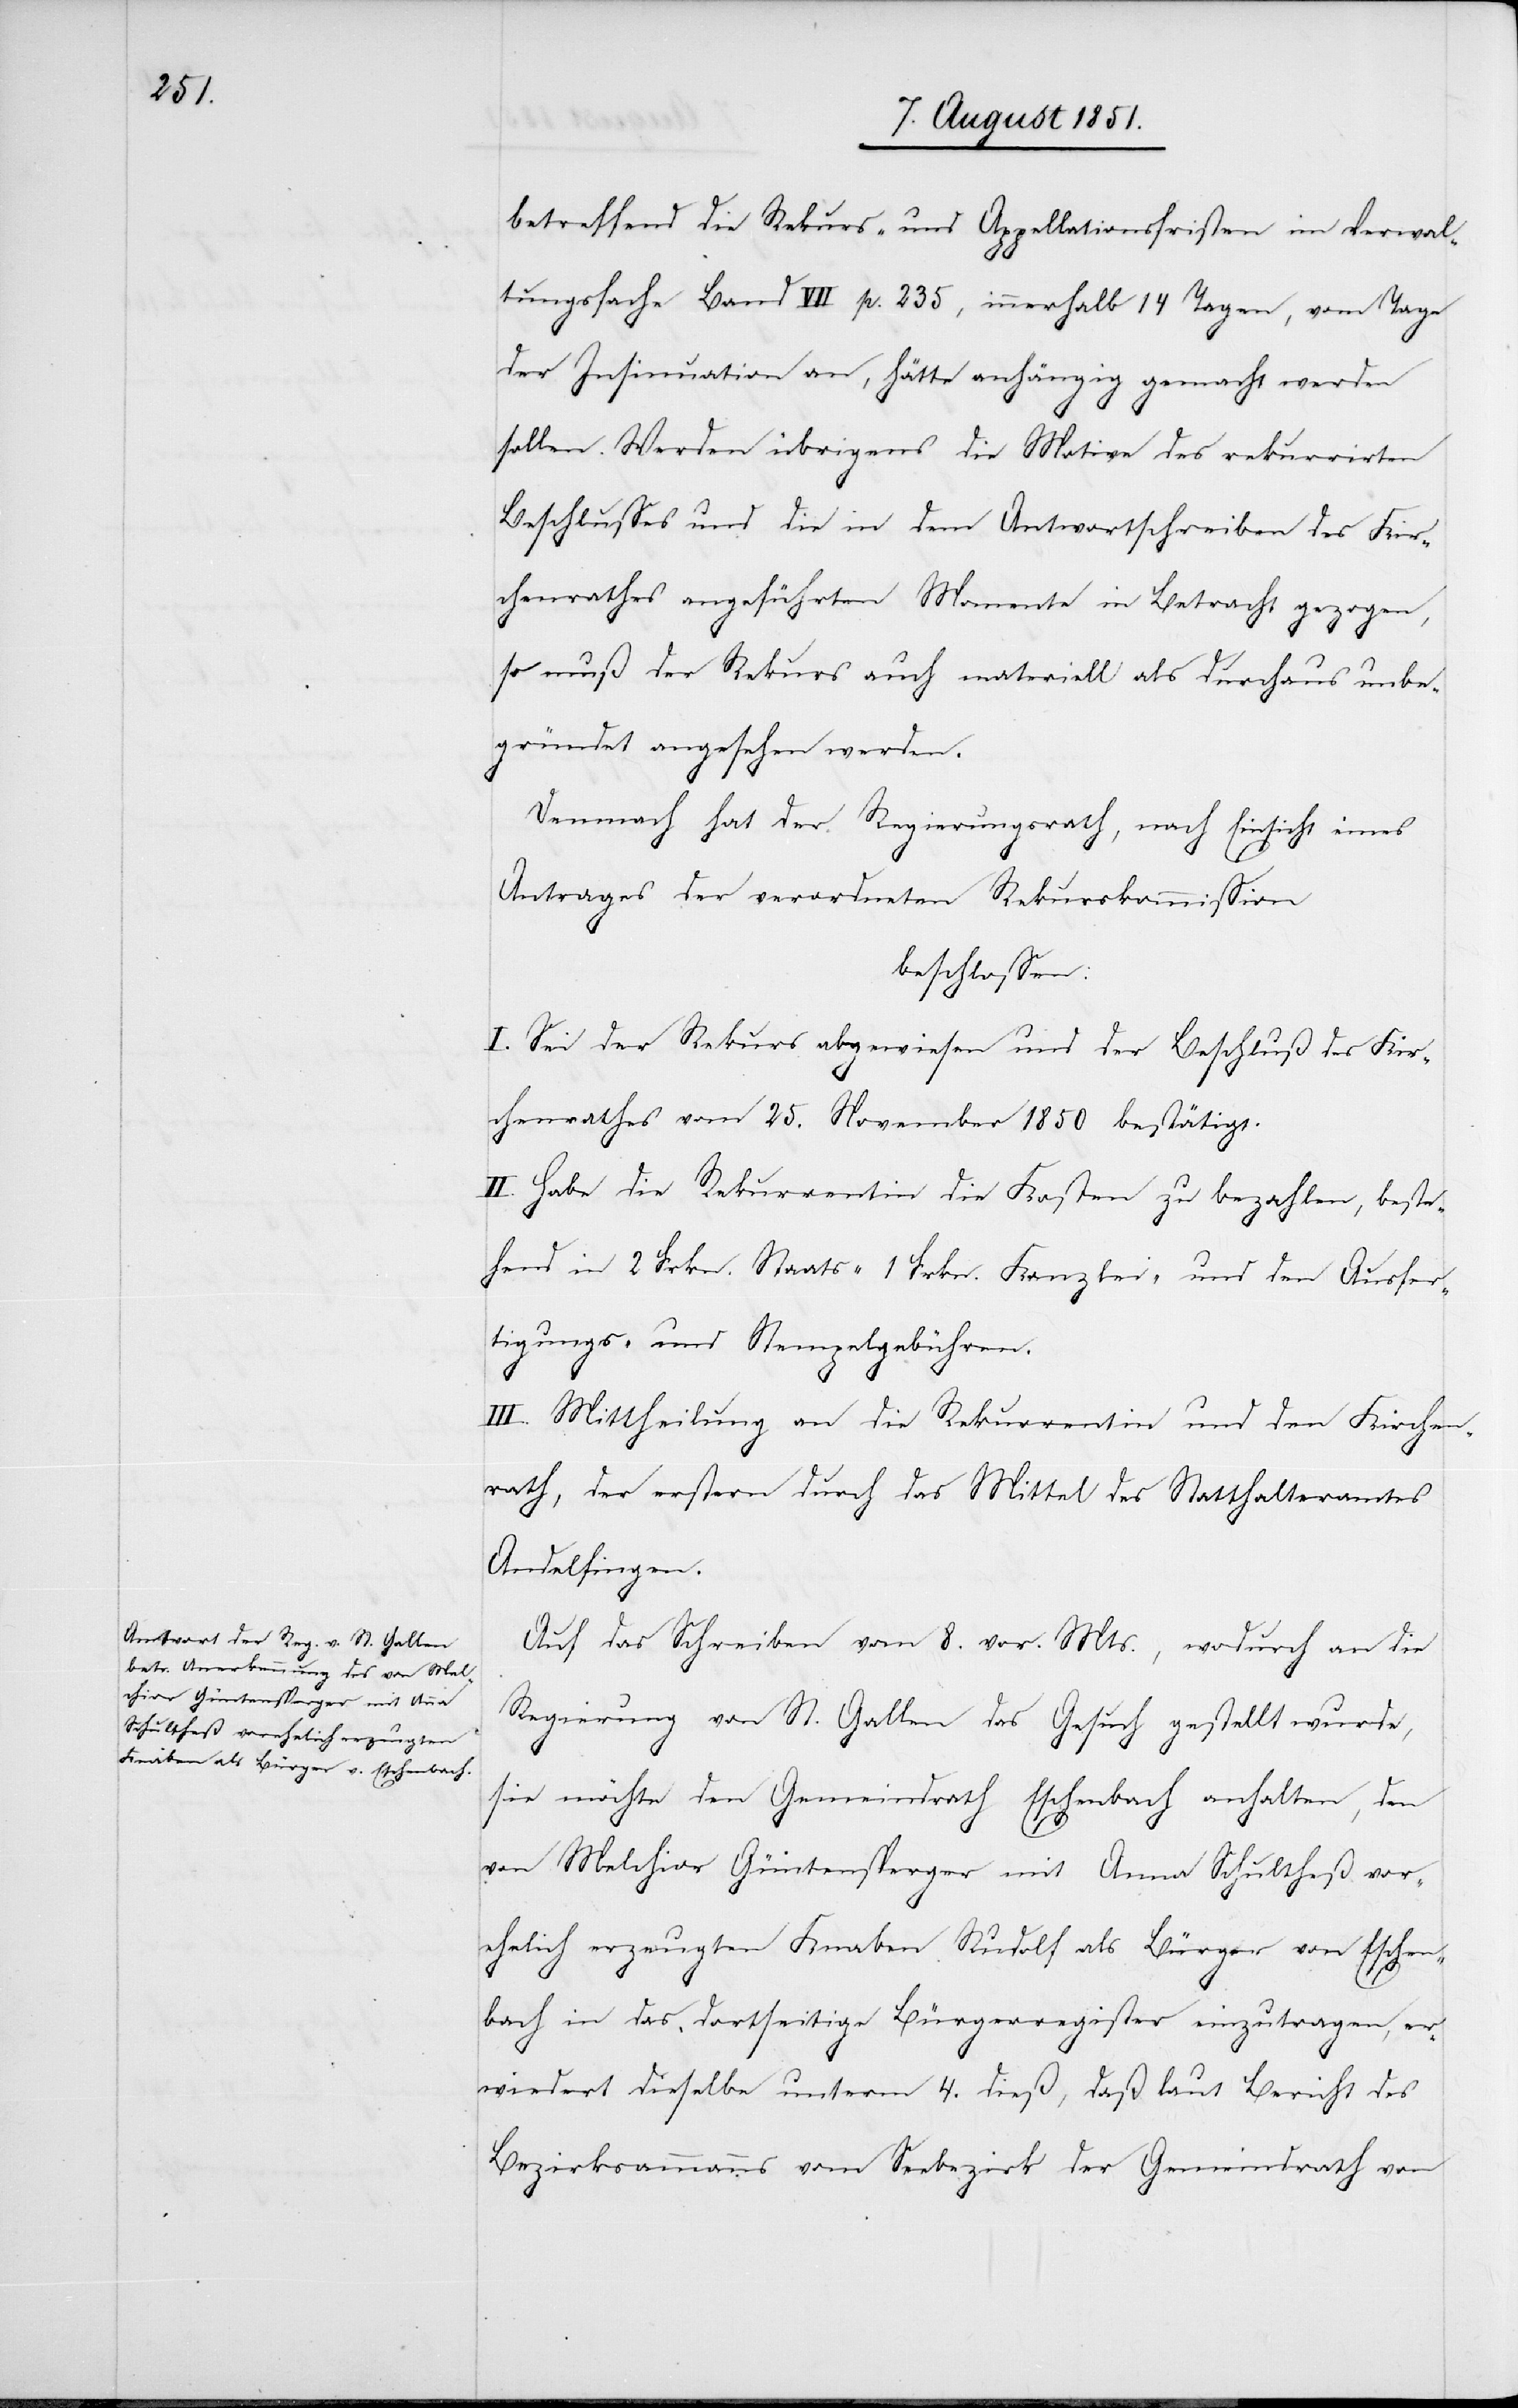
betreffend die Rekurs- und Appellationsfristen im Verwal¬
tungsfache Band VII p. 235, innerhalb 14 Tagen, vom Tage
der Insinuation an, hätte anhängig gemacht werden
sollen. Werden übrigens die Motive des rekurrirten
Beschlusses und die in dem Antwortschreiben des Kir¬
chenrathes angeführten Momente in Betracht gezogen,
so muß der Rekurs auch materiell als durchaus unbe¬
gründet angesehen werden.
Demnach hat der Regierungsrath, nach Einsicht eines
Antrages der verordneten Rekurskommission
beschlossen:
I. Sei der Rekurs abgewiesen und der Beschluß des Kir¬
chenrathes vom 25. November 1850 bestätigt.
II. Habe die Rekurrentin die Kosten zu bezahlen, beste¬
hend in 2 Frkn. Staats-[,] 1 Frkn. Kanzlei- und den Ausfer¬
tigungs- und Stempelgebühren.
III. Mittheilung an die Rekurrentin und den Kirchen¬
rath, der erstern durch das Mittel des Statthalteramtes
Andelfingen.
Auf das Schreiben vom 8. vor. Mts., wodurch an die
Regierung von St. Gallen das Gesuch gestellt wurde,
sie möchte den Gemeindrath Eschenbach anhalten, den
von Melchior Güntensperger mit Anna Schultheß vor¬
ehelich erzeugten Knaben Rudolf als Bürger von Eschen¬
bach in das dortseitige Bürgerregister einzutragen, er¬
wiedert dieselbe unterm 4. dieß, daß laut Bericht des
Bezirksammanns vom Seebezirk der Gemeindrath von